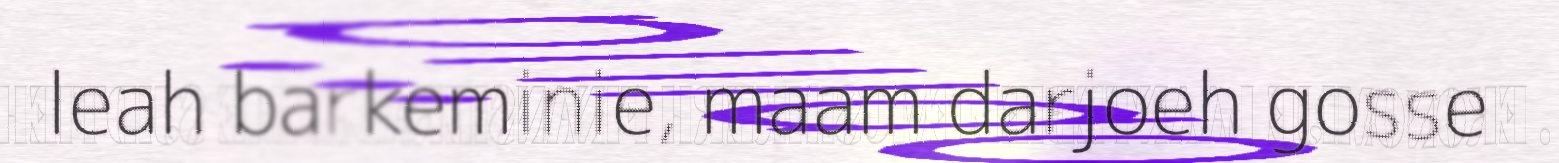
leah barkeminie, maam darjoeh gosse